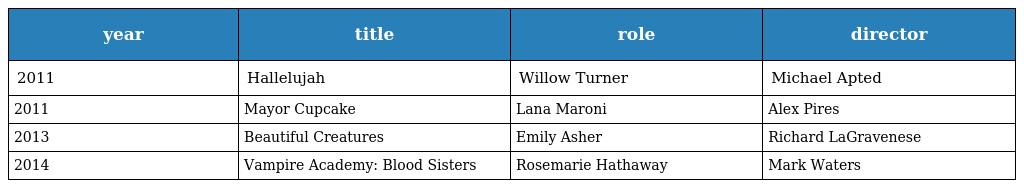
| year | title | role | director |
 | --- | --- | --- | --- |
 | 2011 | Hallelujah | Willow Turner | Michael Apted |
 | 2011 | Mayor Cupcake | Lana Maroni | Alex Pires |
 | 2013 | Beautiful Creatures | Emily Asher | Richard LaGravenese |
 | 2014 | Vampire Academy: Blood Sisters | Rosemarie Hathaway | Mark Waters |